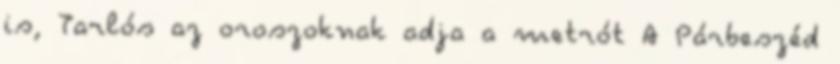
is, Tarlós az oroszoknak adja a metrót A Párbeszéd